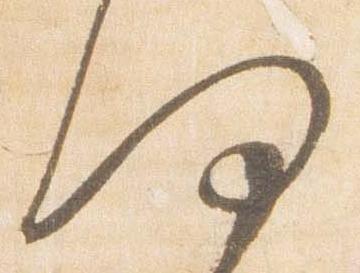
何